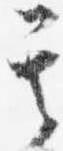
其